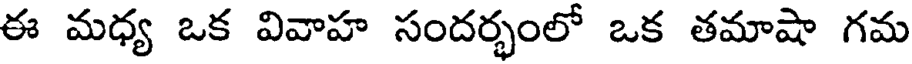
ఈ మధ్య ఒక వివాహ సందర్భంలో ఒక తమాషా గమ